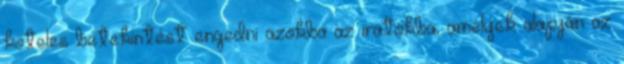
köteles betekintést engedni azokba az iratokba, amelyek alapján az